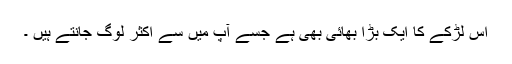
اس لڑکے کا ایک بڑا بھائی بھی ہے جسے آپ میں سے اکثر لوگ جانتے ہیں ۔